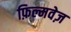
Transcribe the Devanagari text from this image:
फ़िल्मवेज़